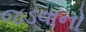
જડવાનો